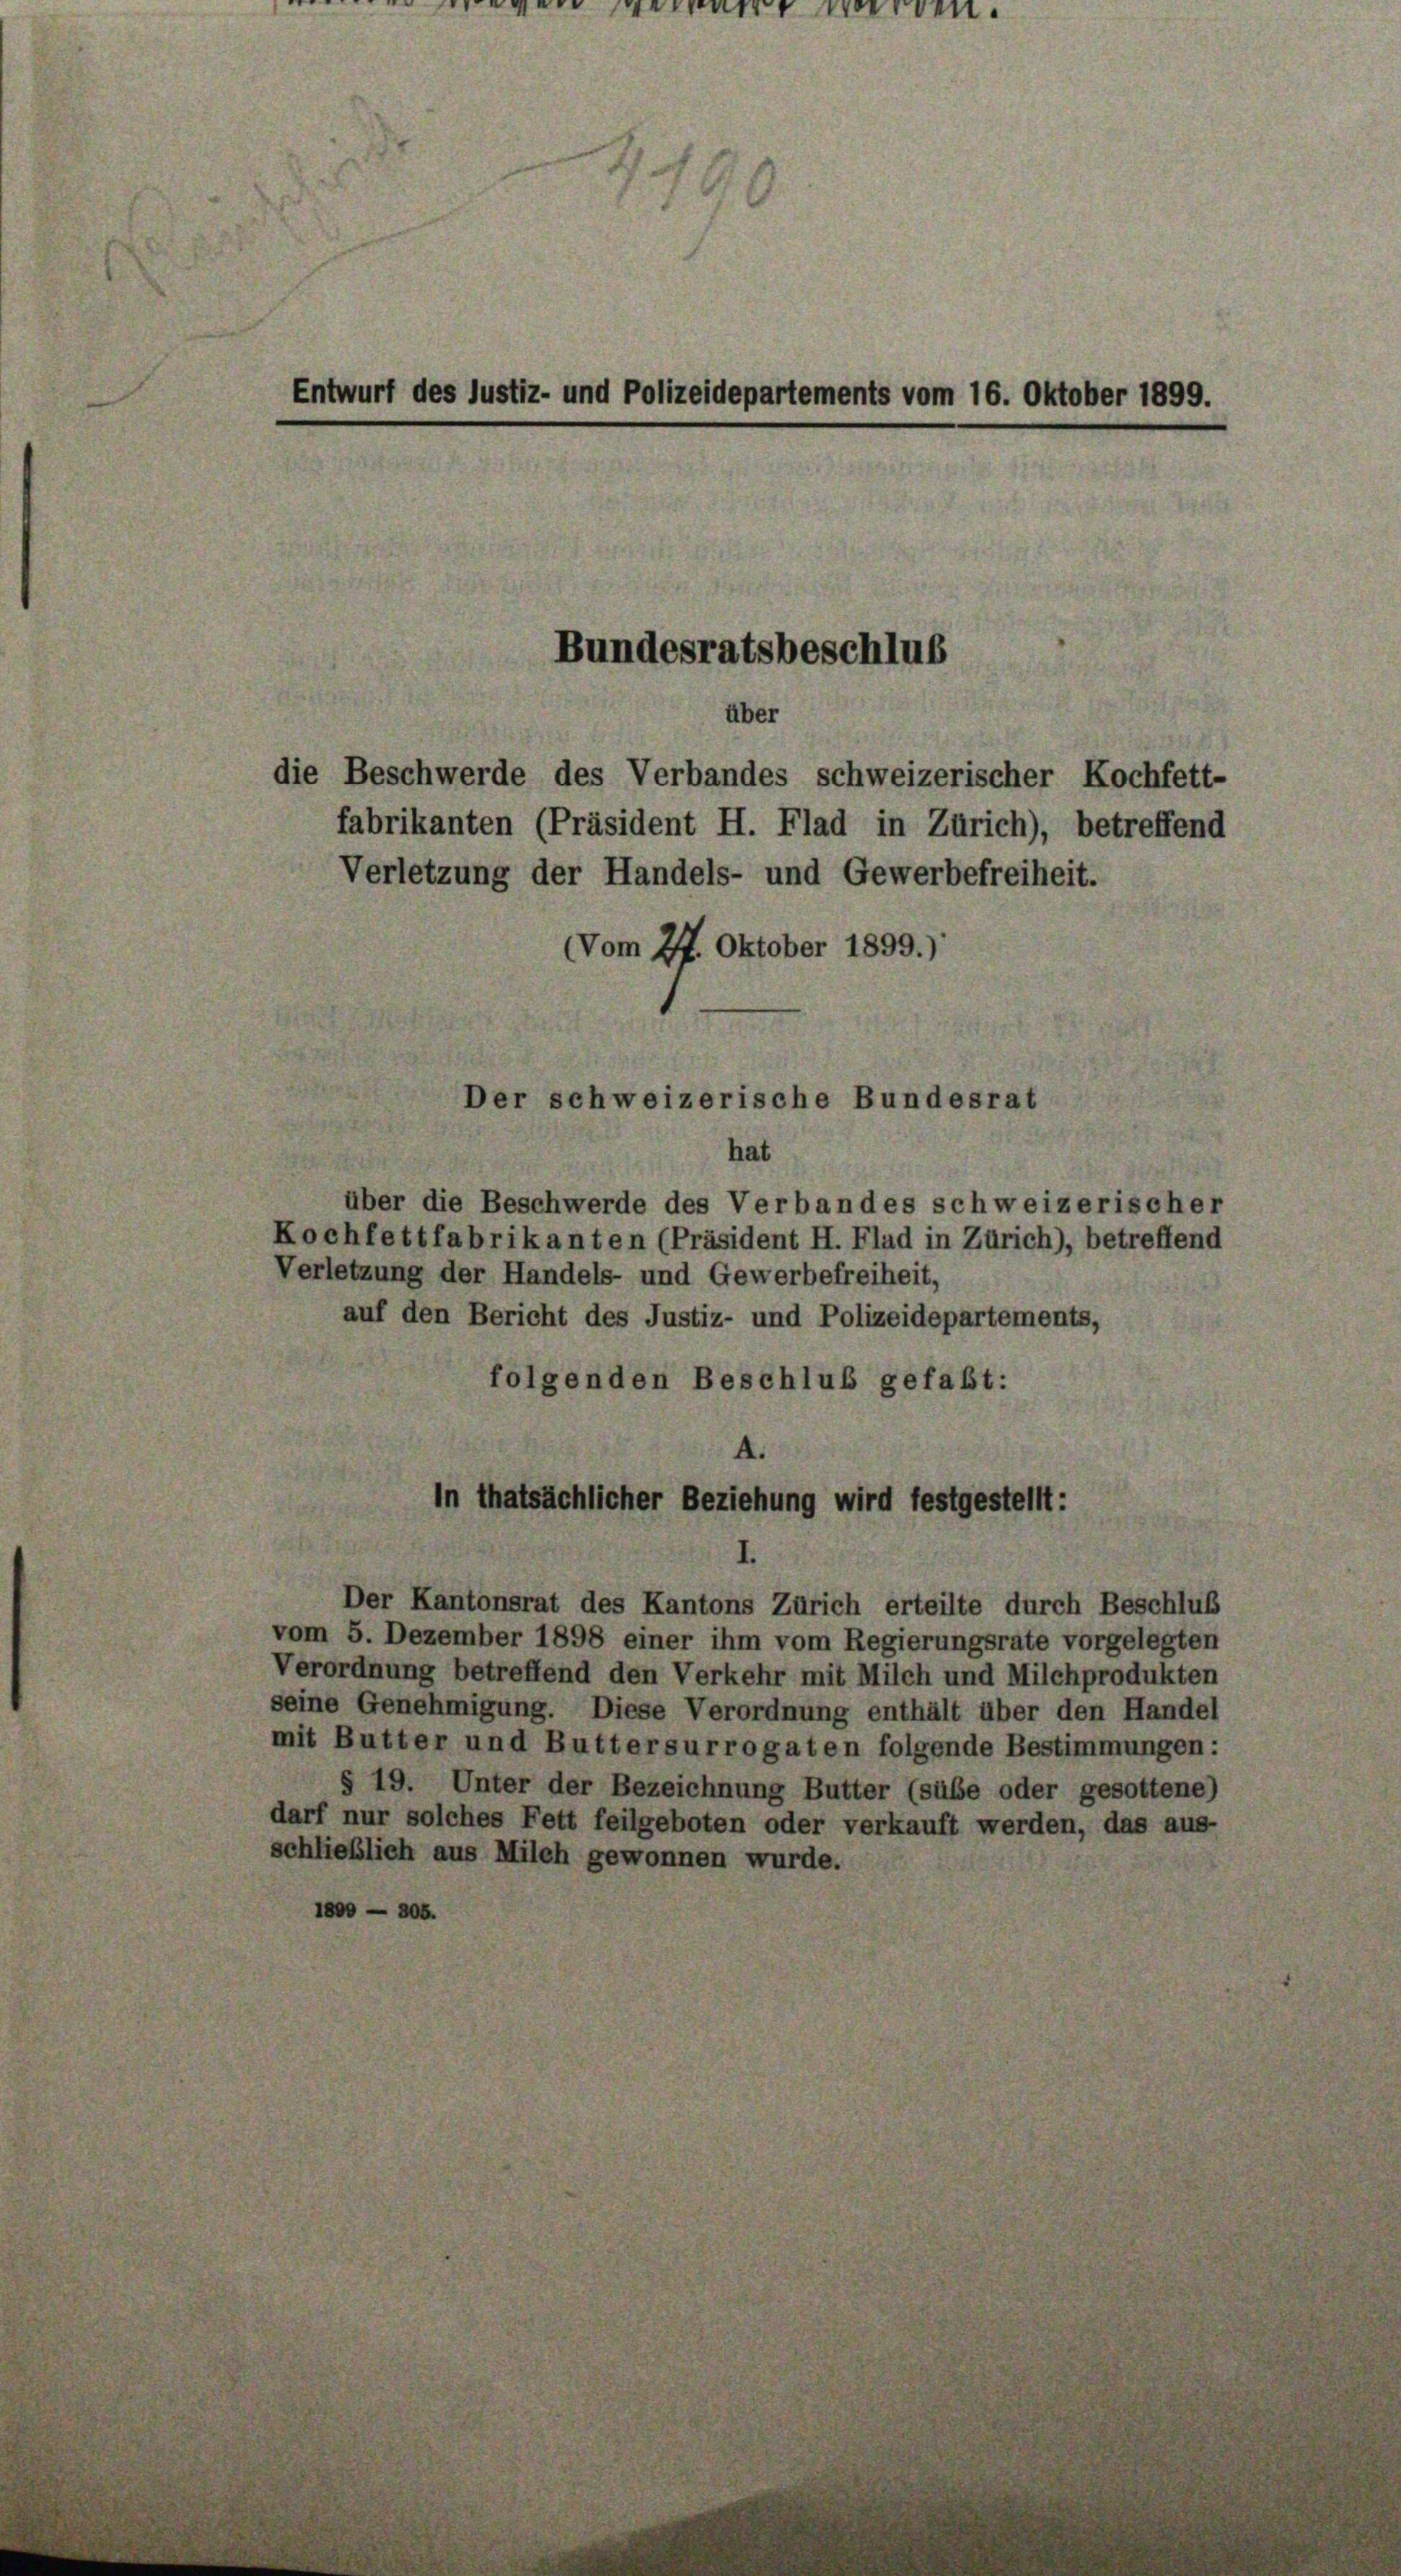
Entwurf des Justiz- und Polizeidepartements vom 16. Oktober 1899.

die Beschwerde des Verbandes schweizerischer Kochfett-
fabrikanten (Präsident H. Flad in Zürich), betreffend
Verletzung der Handels- und Gewerbefreiheit.
(Vom 27. Oktober 1899.)
Der schweizerische Bundesrat
hat
über die Beschwerde des Verbandes schweizerischer
Kochfettfabrikanten (Präsident H. Flad in Zürich), betreffend
Verletzung der Handels- und Gewerbefreiheit,
auf den Bericht des Justiz- und Polizeidepartements,
folgenden Beschluß gefaßt:
A.
In thatsächlicher Beziehung wird festgestellt:

Bundesratsbeschlus
über

Der Kantonsrat des Kantons Zürich erteilte durch Beschluß
vom 5. Dezember 1898 einer ihm vom Regierungsrate vorgelegten
Verordnung betreffend den Verkehr mit Milch und Milchprodukten
seine Genehmigung. Diese Verordnung enthält über den Handel
mit Butter und Buttersurrogaten folgende Bestimmungen:
§ 19. Unter der Bezeichnung Butter (süße oder gesottene)
darf nur solches Fett feilgeboten oder verkauft werden, das aus-
schließlich aus Milch gewonnen wurde.
1800 — 305.

en